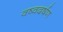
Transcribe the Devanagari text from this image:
वष्वदर्षण